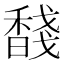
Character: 馢